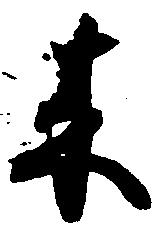
来